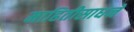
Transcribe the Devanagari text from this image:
माहितीसाधने